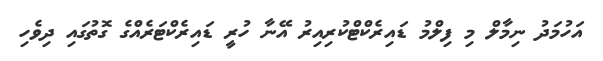
އަހުމަދު ނިމާލް މި ފިލްމު ޑައިރެކްޓްކުރިއިރު އޭނާ ހުރީ ޑައިރެކްޓަރެއްގެ ގޮތުގައި ދިވެހި